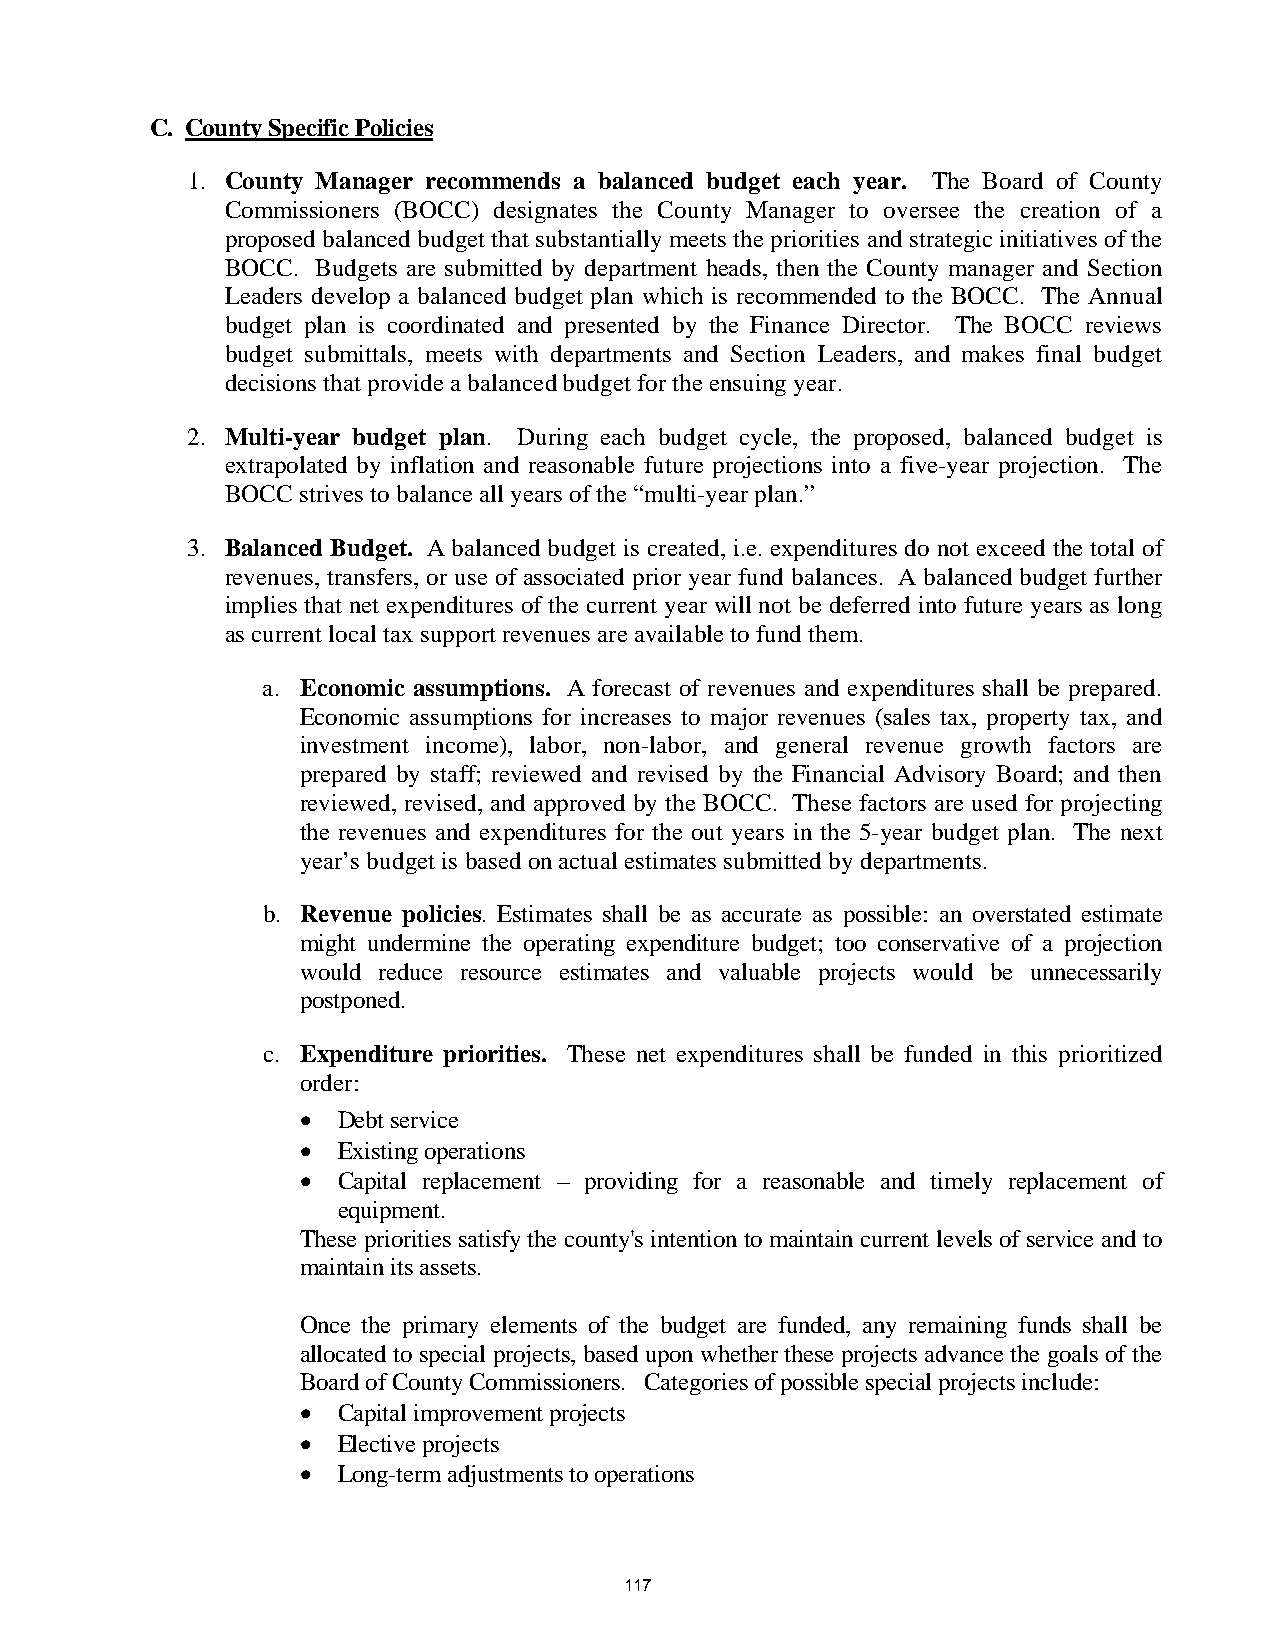
C. County Specific Policies
 1. County Manager recommends a balanced budget each year. The Board of County
 Commissioners (BOCC) designates the County Manager to oversee the creation of a
 proposed balanced budget that substantially meets the priorities and strategic initiatives of the
 BOCC. Budgets are submitted by department heads, then the County manager and Section
 Leaders develop a balanced budget plan which is recommended to the BOCC. The Annual
 budget plan is coordinated and presented by the Finance Director. The BOCC reviews
 budget submittals, meets with departments and Section Leaders, and makes final budget
 decisions that provide a balanced budget for the ensuing year.
 2. Multi-year budget plan. During each budget cycle, the proposed, balanced budget is
 extrapolated by inflation and reasonable future projections into a five-year projection. The
 BOCC strives to balance all years of the “multi-year plan.”
 3. Balanced Budget. A balanced budget is created, i.e. expenditures do not exceed the total of
 revenues, transfers, or use of associated prior year fund balances. A balanced budget further
 implies that net expenditures of the current year will not be deferred into future years as long
 as current local tax support revenues are available to fund them.
 a. Economic assumptions. A forecast of revenues and expenditures shall be prepared.
 Economic assumptions for increases to major revenues (sales tax, property tax, and
 investment income), labor, non-labor, and general revenue growth factors are
 prepared by staff; reviewed and revised by the Financial Advisory Board; and then
 reviewed, revised, and approved by the BOCC. These factors are used for projecting
 the revenues and expenditures for the out years in the 5-year budget plan. The next
 year’s budget is based on actual estimates submitted by departments.
 b. Revenue policies. Estimates shall be as accurate as possible: an overstated estimate
 might undermine the operating expenditure budget; too conservative of a projection
 would reduce resource estimates and valuable projects would be unnecessarily
 postponed.
 c. Expenditure priorities. These net expenditures shall be funded in this prioritized
 order:
  Debt service
  Existing operations
  Capital replacement – providing for a reasonable and timely replacement of
 equipment.
 These priorities satisfy the county's intention to maintain current levels of service and to
 maintain its assets.
 Once the primary elements of the budget are funded, any remaining funds shall be
 allocated to special projects, based upon whether these projects advance the goals of the
 Board of County Commissioners. Categories of possible special projects include:
  Capital improvement projects
  Elective projects
  Long-term adjustments to operations
 117